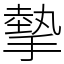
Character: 摰